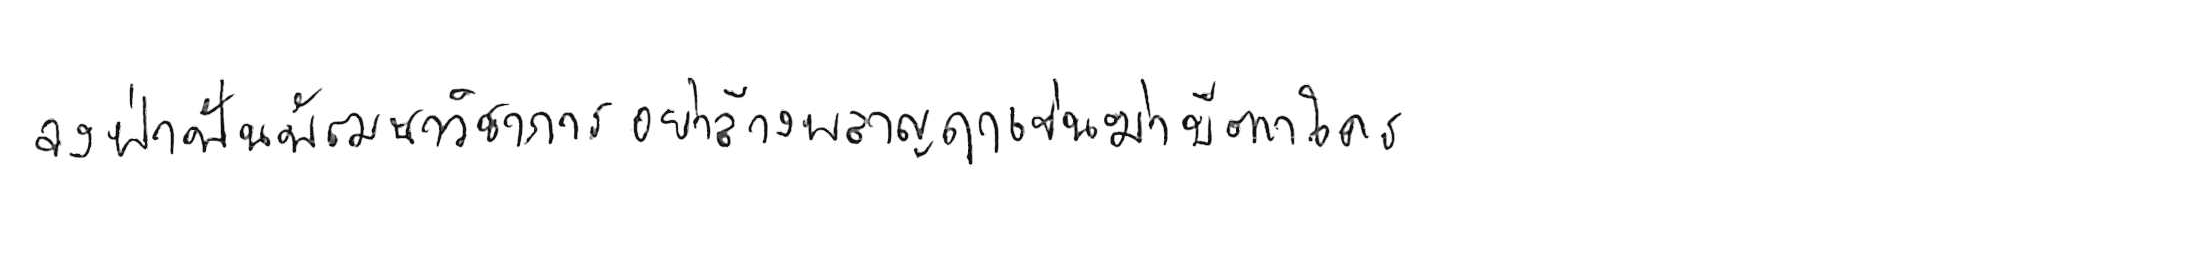
จงฝ่าฟันพัฒนาวิชาการ อย่าล้างผลาญฤๅเข่นฆ่าบีฑาใคร